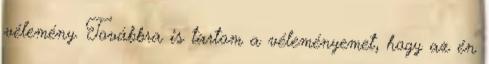
vélemény. Továbbra is tartom a véleményemet, hogy az én